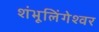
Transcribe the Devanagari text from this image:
शंभूलिंगेश्‍वर